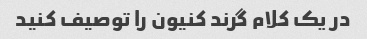
در یک کلام گرند کنیون را توصیف کنید